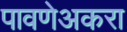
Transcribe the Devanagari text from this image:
पावणेअकरा